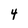
Character: 4